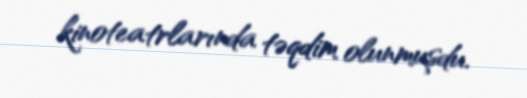
kinoteatrlarında təqdim olunmuşdu.